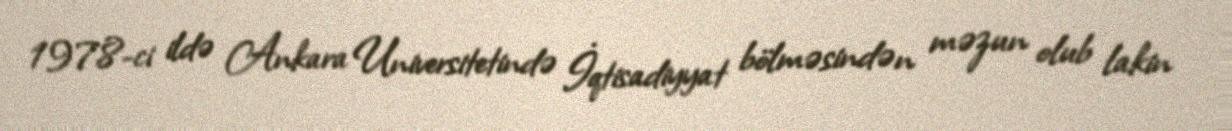
1978-ci ildə Ankara Universitetində İqtisadiyyat bölməsindən məzun olub lakin